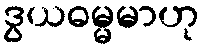
ဒွယဓမ္မမာဟု